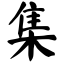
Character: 集